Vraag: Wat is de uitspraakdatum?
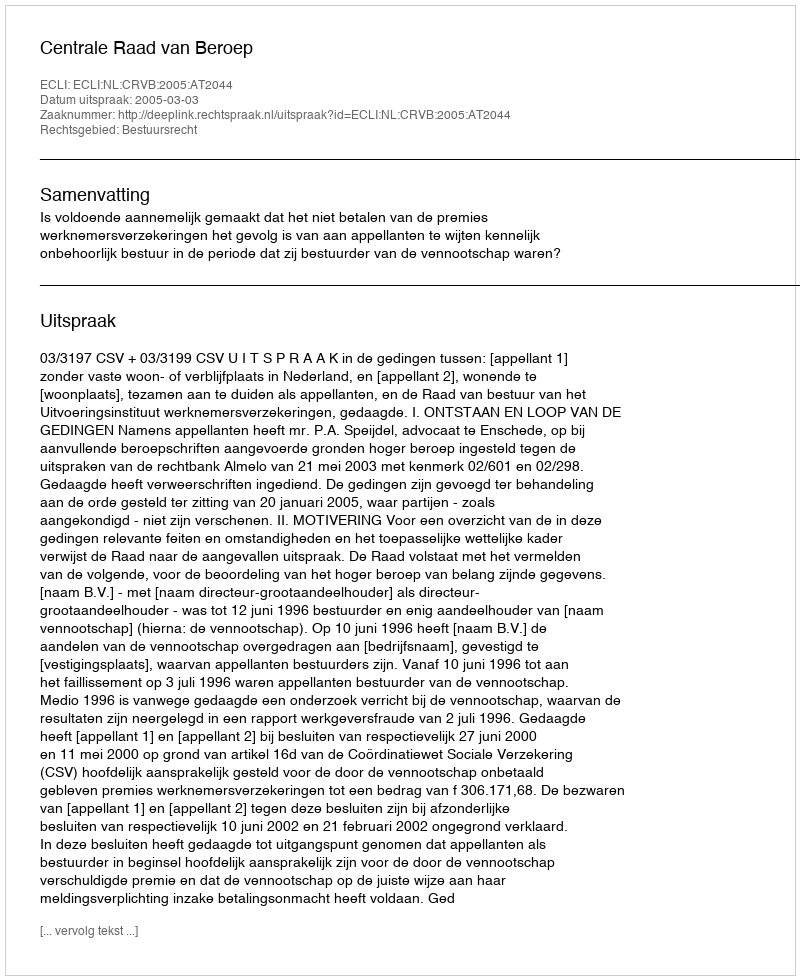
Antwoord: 2005-03-03